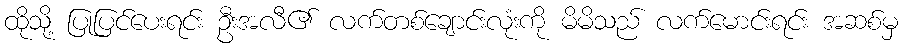
ထိုသို့ ပြုပြင်ပေးရင်း ဦးအလီ၏ လက်တစ်ချောင်းလုံးကို မိမိသည် လက်မောင်းရင်း အဆစ်မှ